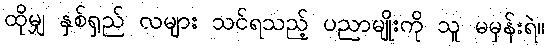
ထိုမျှ နှစ်ရှည် လများ သင်ရသည့် ပညာမျိုးကို သူ မမှန်းရဲ။